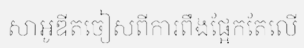
សាអូឌីតចៀសពីការពឹងផ្អែកតែលើ